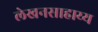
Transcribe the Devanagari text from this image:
लेखनसाहाय्य